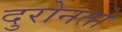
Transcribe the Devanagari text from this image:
दुरोनतो